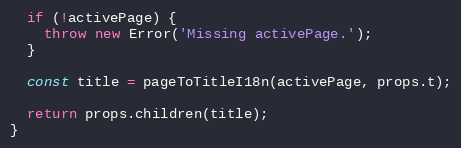
Language: JavaScript
  if (!activePage) {
    throw new Error('Missing activePage.');
  }

  const title = pageToTitleI18n(activePage, props.t);

  return props.children(title);
}